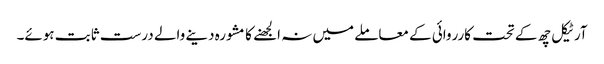
آرٹیکل چھ کے تحت کارروائی کے معاملے میں نہ الجھنے کا مشورہ دینے والے درست ثابت ہوئے۔